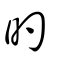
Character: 旳